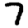
Digit: 7